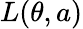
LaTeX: L(\theta,a)